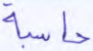
حاسبة